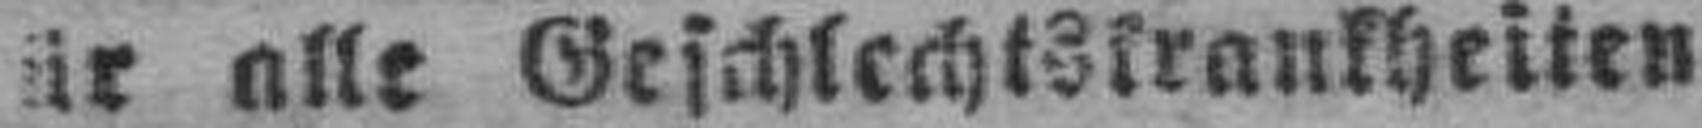
###ür alle Geschlechtskrankheiten